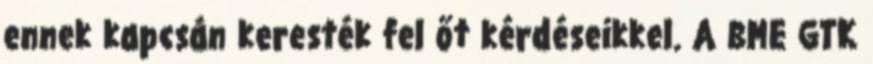
ennek kapcsán keresték fel őt kérdéseikkel. A BME GTK